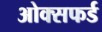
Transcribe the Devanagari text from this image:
ओक्सफर्ड